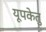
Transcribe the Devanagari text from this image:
यूपकेतु